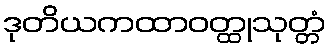
ဒုတိယကထာဝတ္ထုသုတ္တံ